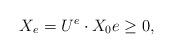
LaTeX: \begin{align*}X_e= U^e\cdot X_0 e \geq 0,\end{align*}